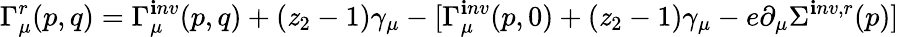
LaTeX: \Gamma_{\mu}^{r}(p,q)=\Gamma_{\mu}^{\mathbf{i}nv}(p,q)+(\mathit{z}_{2}-1)\gamma_{\mu}-[\Gamma_{\mu}^{\mathbf{i}nv}(p,0)+(\mathit{z}_{2}-1)\gamma_{\mu}-e\partial_{\mu}\Sigma^{\mathbf{i}nv,r}(p)]